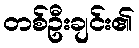
တစ်ဦးချင်း၏